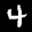
Label: 4